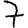
Digit: 7